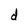
Character: d